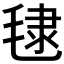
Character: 𪵞